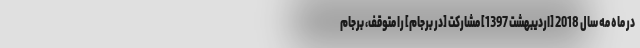
در ماه مه سال 2018 [اردیبهشت 1397] مشارکت [در برجام] را متوقف، برجام